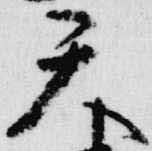
天